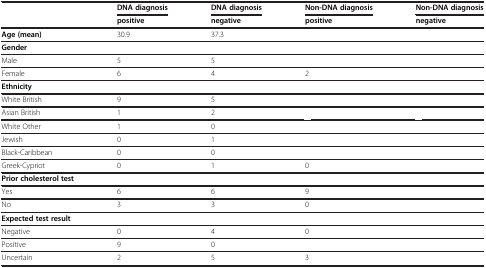
<table><thead><tr><td rowspan="2">[EMPTY_CELL]</td><td><b>DNA diagnosis</b></td><td><b>DNA diagnosis</b></td><td><b>Non-DNA diagnosis</b></td><td><b>Non-DNA diagnosis</b></td></tr><tr><td><b>positive</b></td><td><b>negative</b></td><td><b>positive</b></td><td><b>negative</b></td></tr></thead><tbody><tr><td><b>Age (mean)</b></td><td>30.9</td><td>37.3</td><td>[EMPTY_CELL]</td><td>[EMPTY_CELL]</td></tr><tr><td><b>Gender</b></td><td>[EMPTY_CELL]</td><td>[EMPTY_CELL]</td><td>[EMPTY_CELL]</td><td>[EMPTY_CELL]</td></tr><tr><td>Male</td><td>5</td><td>5</td><td>[EMPTY_CELL]</td><td>[EMPTY_CELL]</td></tr><tr><td>Female</td><td>6</td><td>4</td><td>2</td><td>[EMPTY_CELL]</td></tr><tr><td><b>Ethnicity</b></td><td>[EMPTY_CELL]</td><td>[EMPTY_CELL]</td><td>[EMPTY_CELL]</td><td>[EMPTY_CELL]</td></tr><tr><td>White British</td><td>9</td><td>5</td><td>[EMPTY_CELL]</td><td>[EMPTY_CELL]</td></tr><tr><td>Asian British</td><td>1</td><td>2</td><td>[EMPTY_CELL]</td><td>[EMPTY_CELL]</td></tr><tr><td>White Other</td><td>1</td><td>0</td><td>[EMPTY_CELL]</td><td>[EMPTY_CELL]</td></tr><tr><td>Jewish</td><td>0</td><td>1</td><td>[EMPTY_CELL]</td><td>[EMPTY_CELL]</td></tr><tr><td>Black-Caribbean</td><td>0</td><td>0</td><td>[EMPTY_CELL]</td><td>[EMPTY_CELL]</td></tr><tr><td>Greek-Cypriot</td><td>0</td><td>1</td><td>0</td><td>[EMPTY_CELL]</td></tr><tr><td><b>Prior cholesterol test</b></td><td>[EMPTY_CELL]</td><td>[EMPTY_CELL]</td><td>[EMPTY_CELL]</td><td>[EMPTY_CELL]</td></tr><tr><td>Yes</td><td>6</td><td>6</td><td>9</td><td>[EMPTY_CELL]</td></tr><tr><td>No</td><td>3</td><td>3</td><td>0</td><td>[EMPTY_CELL]</td></tr><tr><td><b>Expected test result</b></td><td>[EMPTY_CELL]</td><td>[EMPTY_CELL]</td><td>[EMPTY_CELL]</td><td>[EMPTY_CELL]</td></tr><tr><td>Negative</td><td>0</td><td>4</td><td>0</td><td>[EMPTY_CELL]</td></tr><tr><td>Positive</td><td>9</td><td>0</td><td>[EMPTY_CELL]</td><td>[EMPTY_CELL]</td></tr><tr><td>Uncertain</td><td>2</td><td>5</td><td>3</td><td>[EMPTY_CELL]</td></tr></tbody></table>